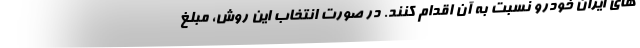
های ایران خودرو نسبت به آن اقدام کنند. در صورت انتخاب این روش،‌ مبلغ